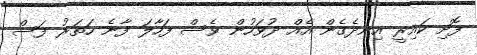
ފޮށި ކައިރީ އިނދެގެން އެއް ދުވަހުން ވެސް ފަހާލަ ފާނެ ހަތަރު ފަސް